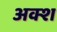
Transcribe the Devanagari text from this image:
अक्श